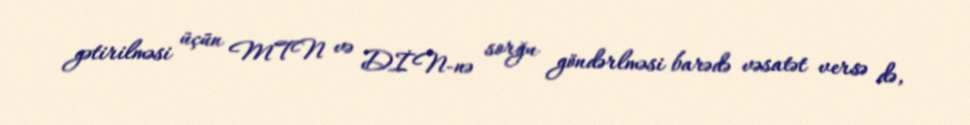
gətirilməsi üçün MTN və DİN-nə sorğu göndərlməsi barədə vəsatət versə də,